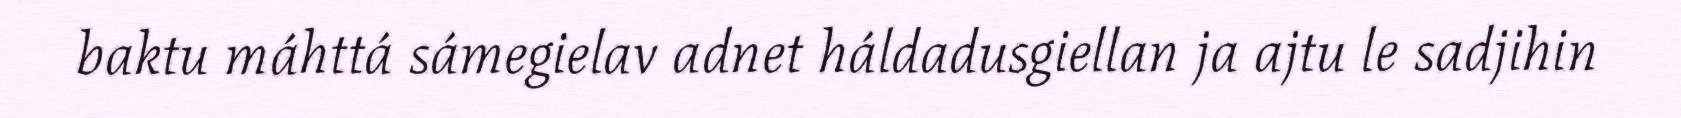
baktu máhttá sámegielav adnet háldadusgiellan ja ajtu le sadjihin